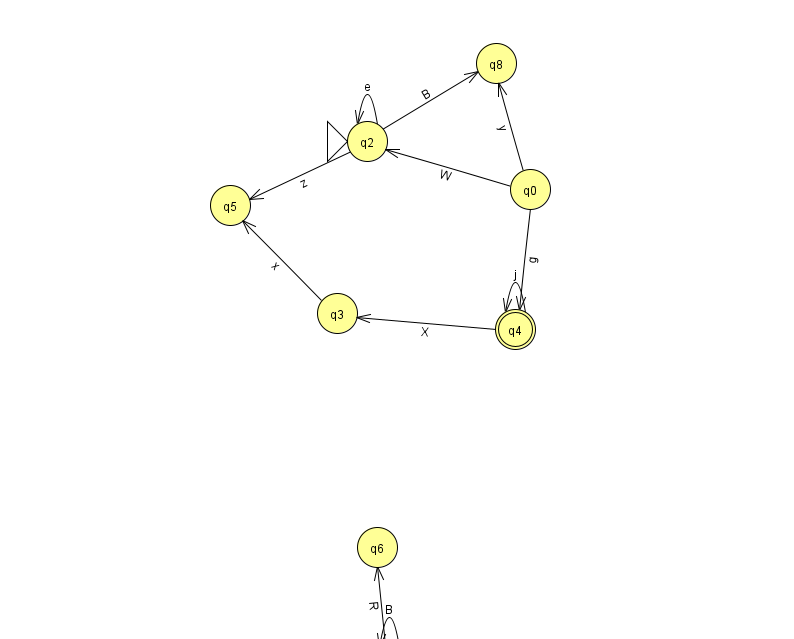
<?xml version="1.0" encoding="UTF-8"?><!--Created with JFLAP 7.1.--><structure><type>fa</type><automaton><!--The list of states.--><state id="0" name="q0"><x>530.0</x><y>176.0</y></state><state id="1" name="q1"><x>389.0</x><y>651.0</y></state><state id="2" name="q2"><x>367.0</x><y>128.0</y><initial/></state><state id="3" name="q3"><x>337.0</x><y>300.0</y></state><state id="4" name="q4"><x>515.0</x><y>316.0</y><final/></state><state id="5" name="q5"><x>230.0</x><y>192.0</y></state><state id="6" name="q6"><x>377.0</x><y>534.0</y></state><state id="8" name="q8"><x>496.0</x><y>50.0</y></state><!--The list of transitions.--><transition><from>1</from><to>1</to><read>B</read></transition><transition><from>3</from><to>5</to><read>x</read></transition><transition><from>2</from><to>2</to><read>e</read></transition><transition><from>2</from><to>5</to><read>z</read></transition><transition><from>0</from><to>4</to><read>g</read></transition><transition><from>0</from><to>8</to><read>y</read></transition><transition><from>4</from><to>3</to><read>X</read></transition><transition><from>4</from><to>4</to><read>j</read></transition><transition><from>2</from><to>8</to><read>B</read></transition><transition><from>1</from><to>6</to><read>R</read></transition><transition><from>0</from><to>2</to><read>W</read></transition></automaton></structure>